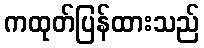
ကထုတ်ပြန်ထားသည်